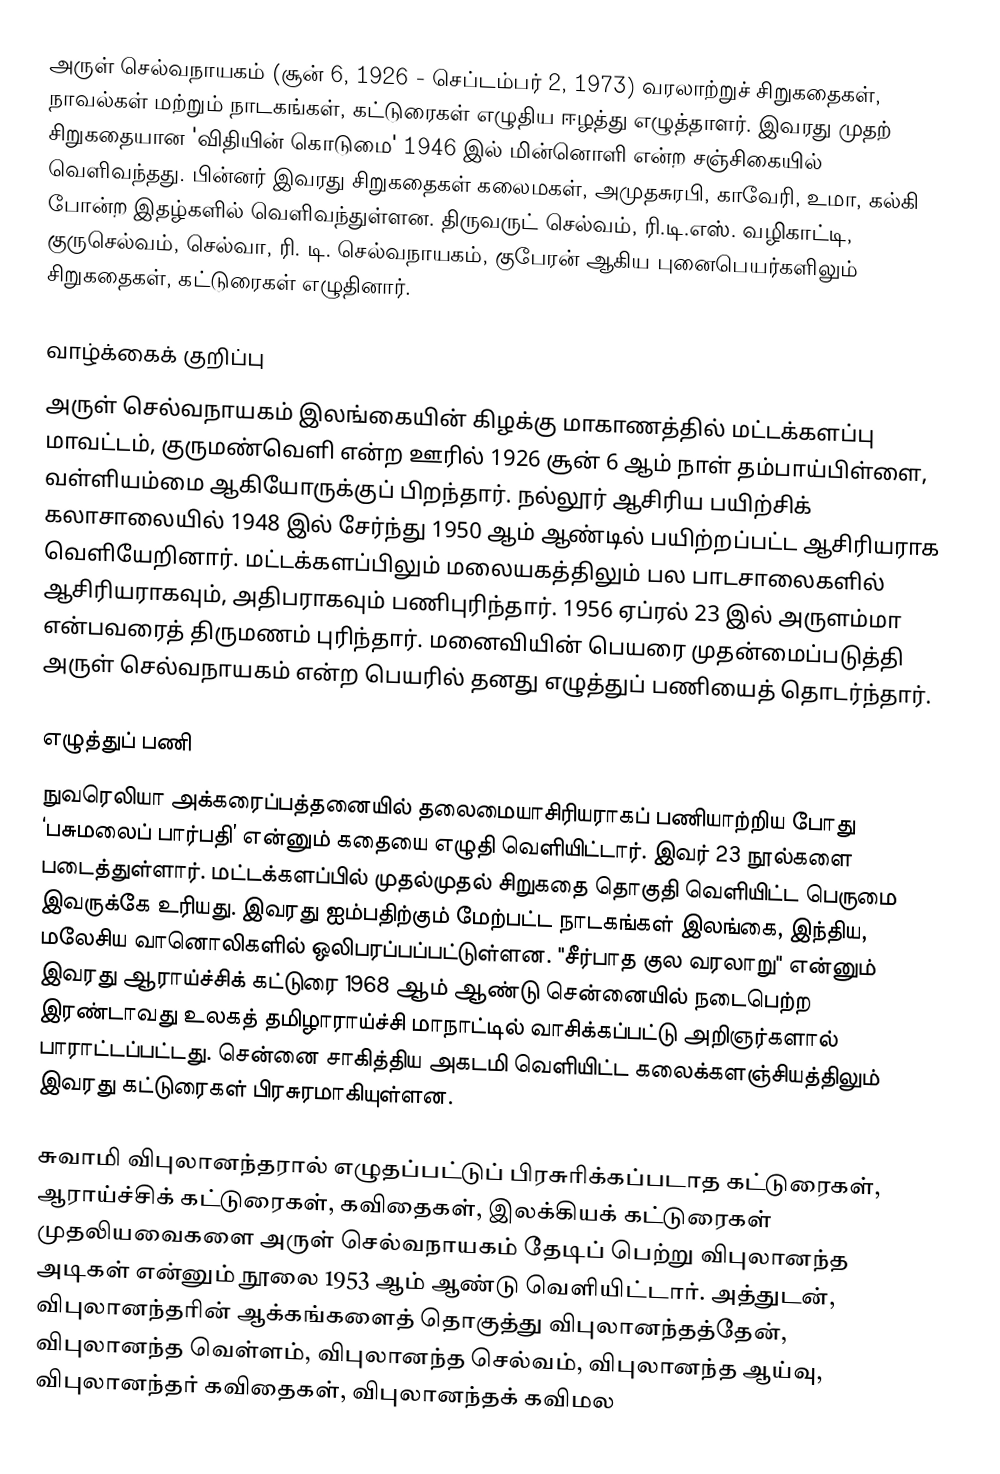
அருள் செல்வநாயகம் (சூன் 6, 1926 - செப்டம்பர் 2, 1973) வரலாற்றுச் சிறுகதைகள், நாவல்கள் மற்றும் நாடகங்கள், கட்டுரைகள் எழுதிய ஈழத்து எழுத்தாளர். இவரது முதற் சிறுகதையான 'விதியின் கொடுமை' 1946 இல் மின்னொளி என்ற சஞ்சிகையில் வெளிவந்தது. பின்னர் இவரது சிறுகதைகள் கலைமகள், அமுதசுரபி, காவேரி, உமா, கல்கி போன்ற இதழ்களில் வெளிவந்துள்ளன. திருவருட் செல்வம், ரி.டி.எஸ். வழிகாட்டி, குருசெல்வம், செல்வா, ரி. டி. செல்வநாயகம், குபேரன் ஆகிய புனைபெயர்களிலும் சிறுகதைகள், கட்டுரைகள் எழுதினார்.

வாழ்க்கைக் குறிப்பு
அருள் செல்வநாயகம் இலங்கையின் கிழக்கு மாகாணத்தில் மட்டக்களப்பு மாவட்டம், குருமண்வெளி என்ற ஊரில் 1926 சூன் 6 ஆம் நாள் தம்பாய்பிள்ளை, வள்ளியம்மை ஆகியோருக்குப் பிறந்தார். நல்லூர் ஆசிரிய பயிற்சிக் கலாசாலையில் 1948 இல் சேர்ந்து 1950 ஆம் ஆண்டில் பயிற்றப்பட்ட ஆசிரியராக வெளியேறினார். மட்டக்களப்பிலும் மலையகத்திலும் பல பாடசாலைகளில் ஆசிரியராகவும், அதிபராகவும் பணிபுரிந்தார். 1956 ஏப்ரல் 23 இல் அருளம்மா என்பவரைத் திருமணம் புரிந்தார். மனைவியின் பெயரை முதன்மைப்படுத்தி அருள் செல்வநாயகம் என்ற பெயரில் தனது எழுத்துப் பணியைத் தொடர்ந்தார்.

எழுத்துப் பணி
நுவரெலியா அக்கரைப்பத்தனையில் தலைமையாசிரியராகப் பணியாற்றிய போது ‘பசுமலைப் பார்பதி’ என்னும் கதையை எழுதி வெளியிட்டார். இவர் 23 நூல்களை படைத்துள்ளார். மட்டக்களப்பில் முதல்முதல் சிறுகதை தொகுதி வெளியிட்ட பெருமை இவருக்கே உரியது. இவரது ஐம்பதிற்கும் மேற்பட்ட நாடகங்கள் இலங்கை, இந்திய, மலேசிய வானொலிகளில் ஒலிபரப்பப்பட்டுள்ளன. "சீர்பாத குல வரலாறு" என்னும் இவரது ஆராய்ச்சிக் கட்டுரை 1968 ஆம் ஆண்டு சென்னையில் நடைபெற்ற இரண்டாவது உலகத் தமிழாராய்ச்சி மாநாட்டில் வாசிக்கப்பட்டு அறிஞர்களால் பாராட்டப்பட்டது. சென்னை சாகித்திய அகடமி வெளியிட்ட கலைக்களஞ்சியத்திலும் இவரது கட்டுரைகள் பிரசுரமாகியுள்ளன.

சுவாமி விபுலானந்தரால் எழுதப்பட்டுப் பிரசுரிக்கப்படாத கட்டுரைகள், ஆராய்ச்சிக் கட்டுரைகள், கவிதைகள், இலக்கியக் கட்டுரைகள் முதலியவைகளை அருள் செல்வநாயகம் தேடிப் பெற்று விபுலானந்த அடிகள் என்னும் நூலை 1953 ஆம் ஆண்டு வெளியிட்டார். அத்துடன், விபுலானந்தரின் ஆக்கங்களைத் தொகுத்து விபுலானந்தத்தேன், விபுலானந்த வெள்ளம், விபுலானந்த செல்வம், விபுலானந்த ஆய்வு, விபுலானந்தர் கவிதைகள், விபுலானந்தக் கவிமல